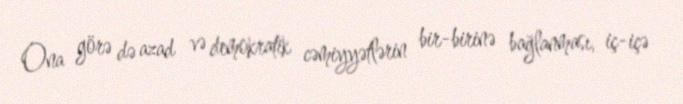
Ona görə də azad və demokratik cəmiyyətlərin bir-birinə bağlanması, iç-içə